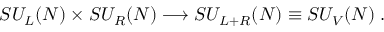
S U _ { L } ( N ) \times S U _ { R } ( N ) \longrightarrow S U _ { L + R } ( N ) \equiv S U _ { V } ( N ) \; .